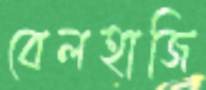
বেলহাজি